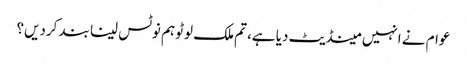
عوام نے انہیں مینڈیٹ دیا ہے، تم ملک لوٹو ہم نوٹس لینا بند کردیں؟